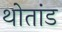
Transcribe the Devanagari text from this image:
थोतांड